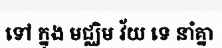
ទៅ ក្នុង មជ្ឈិម វ័យ ទេ នាំគ្នា